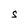
Character: S